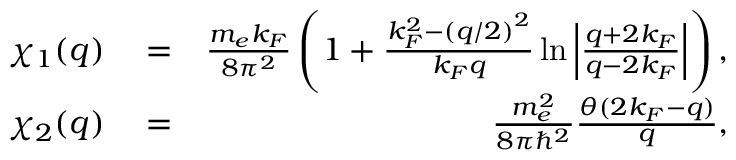
\begin{array} { r l r } { \chi _ { 1 } ( q ) } & { { } = } & { \frac { m _ { e } k _ { F } } { 8 \pi ^ { 2 } } \left( 1 + \frac { k _ { F } ^ { 2 } - \left( q / 2 \right) ^ { 2 } } { k _ { F } q } \ln \left| \frac { q + 2 k _ { F } } { q - 2 k _ { F } } \right| \right) , } \\ { \chi _ { 2 } ( q ) } & { { } = } & { \frac { m _ { e } ^ { 2 } } { 8 \pi \hbar ^ { 2 } } \frac { \theta ( 2 k _ { F } - q ) } { q } , } \end{array}